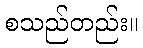
စသည်တည်း။